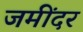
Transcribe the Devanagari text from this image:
जमींदर